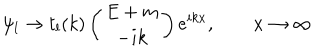
\psi _ { l } \to t _ { l } ( k ) \left( \begin{array} { c } { { E + m } } \\ { { - i k } } \\ \end{array} \right) e ^ { i k x } , \qquad x \to \infty